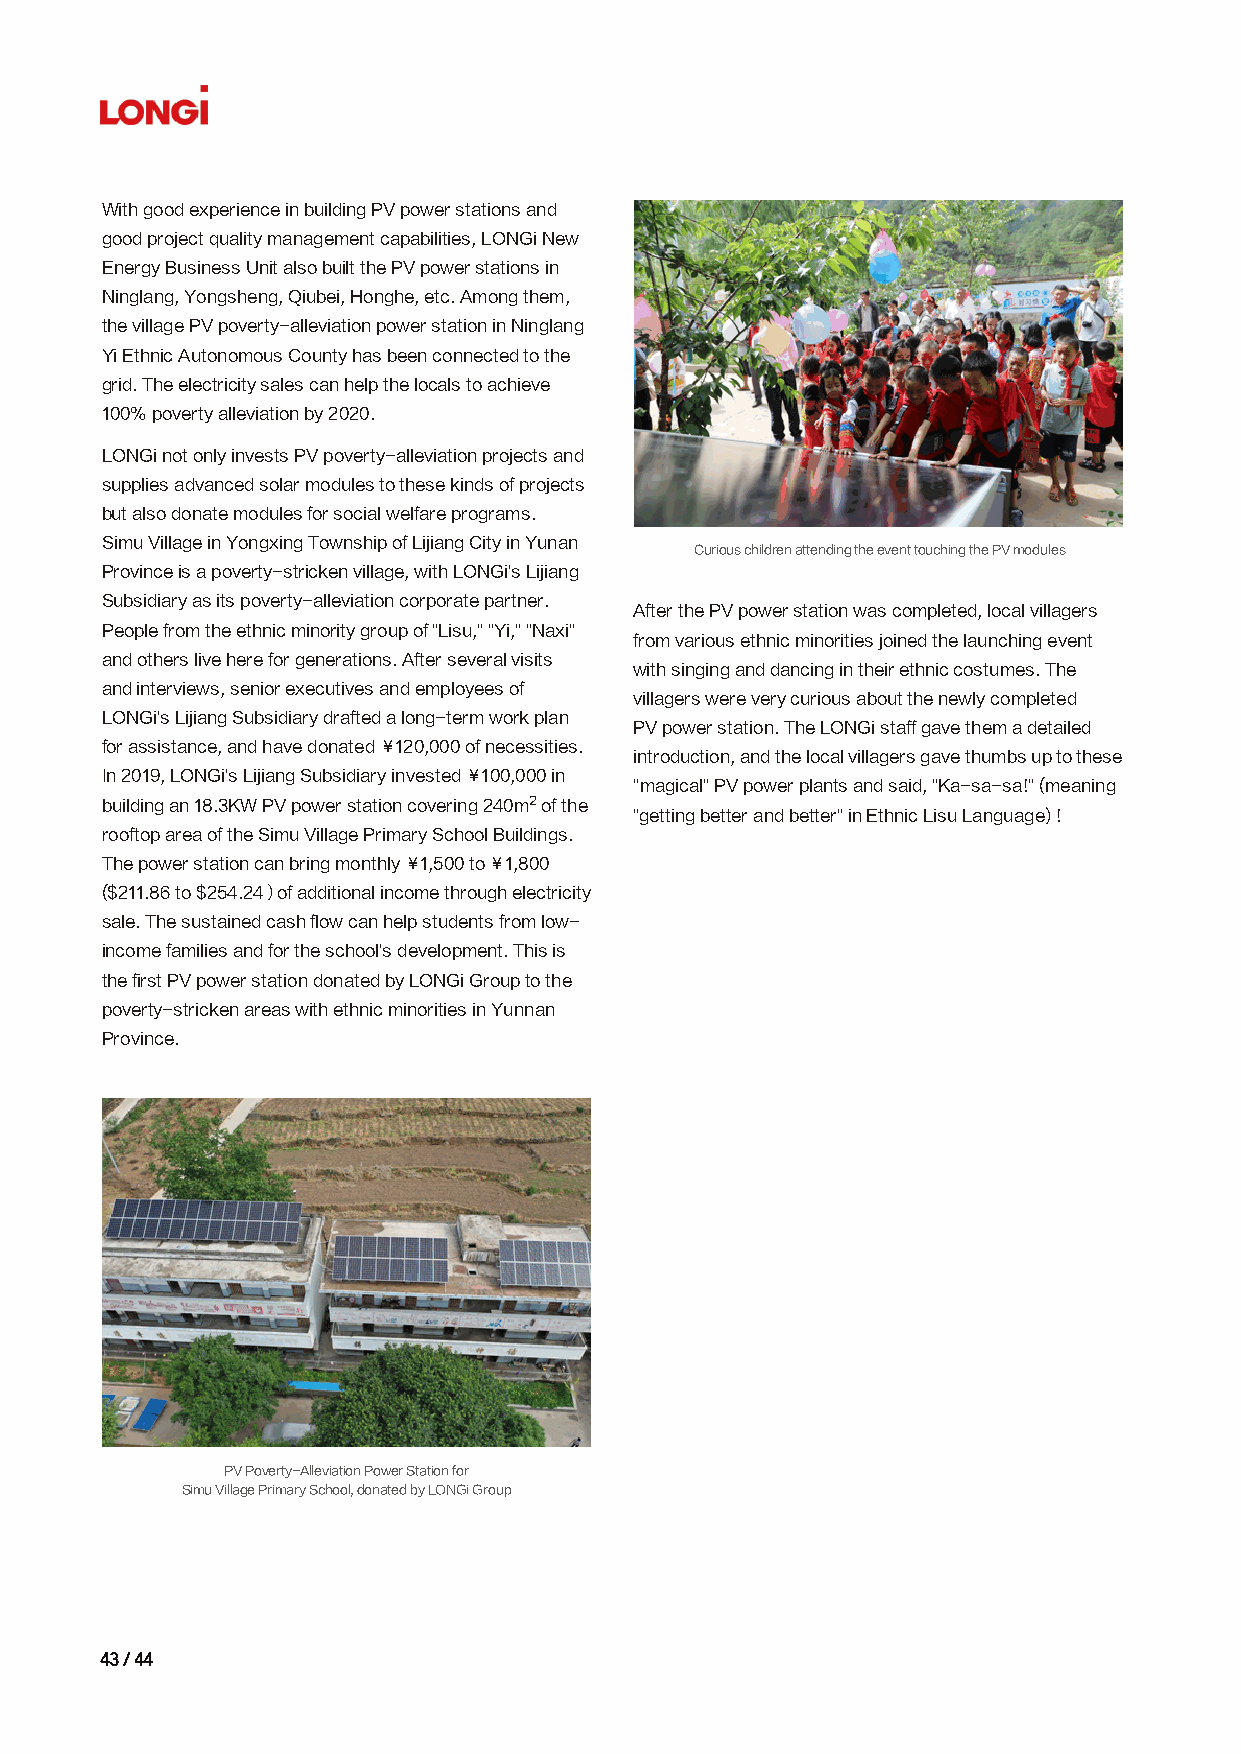
With good experience in building PV power stations and
 good project quality management capabilities, LONGi New
 Energy Business Unit also built the PV power stations in
 Ninglang, Yongsheng, Qiubei, Honghe, etc. Among them,
 the village PV poverty-alleviation power station in Ninglang
 Yi Ethnic Autonomous County has been connected to the
 grid. The electricity sales can help the locals to achieve
 100% poverty alleviation by 2020.
 LONGi not only invests PV poverty-alleviation projects and
 supplies advanced solar modules to these kinds of projects
 but also donate modules for social welfare programs.
 Simu Village in Yongxing Township of Lijiang City in Yunan
 Curious children attending the event touching the PV modules
 Province is a poverty-stricken village, with LONGi's Lijiang
 Subsidiary as its poverty-alleviation corporate partner.
 After the PV power station was completed, local villagers
 People from the ethnic minority group of "Lisu," "Yi," "Naxi"
 from various ethnic minorities joined the launching event
 and others live here for generations. After several visits
 with singing and dancing in their ethnic costumes. The
 and interviews, senior executives and employees of
 villagers were very curious about the newly completed
 LONGi's Lijiang Subsidiary drafted a long-term work plan
 PV power station. The LONGi staff gave them a detailed
 for assistance, and have donated ¥120,000 of necessities.
 introduction, and the local villagers gave thumbs up to these
 In 2019, LONGi's Lijiang Subsidiary invested ¥100,000 in
 "magical" PV power plants and said, "Ka-sa-sa!" (meaning
 building an 18.3KW PV power station covering 240m2 of the
 "getting better and better" in Ethnic Lisu Language) !
 rooftop area of the Simu Village Primary School Buildings.
 The power station can bring monthly ¥1,500 to ¥1,800
 ($211.86 to $254.24）of additional income through electricity
 sale. The sustained cash flow can help students from low-
 income families and for the school's development. This is
 the first PV power station donated by LONGi Group to the
 poverty-stricken areas with ethnic minorities in Yunnan
 Province.
 PV Poverty-Alleviation Power Station for
 Simu Village Primary School, donated by LONGi Group
 4433 // 4444